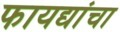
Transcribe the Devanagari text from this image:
फायद्यांचा